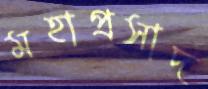
মহাপ্রসাদ